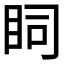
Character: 𥄶